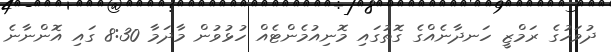
ދުވަހުގެ ރަމްޒީ ހަނދާނެއްގެ ގޮތުގައި މޮނިއުމެންޓެއް ހުޅުވުން މާދަމާ 8:30 ގައި އޮންނާނެ